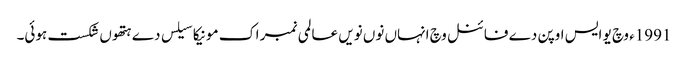
1991ء وچ یو ایس اوپن دے فائنل وچ انہاں نو‏ں نویں عالمی نمبر اک مونیکا سیلس دے ہتھو‏ں شکست ہوئی۔